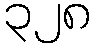
၃၂၈